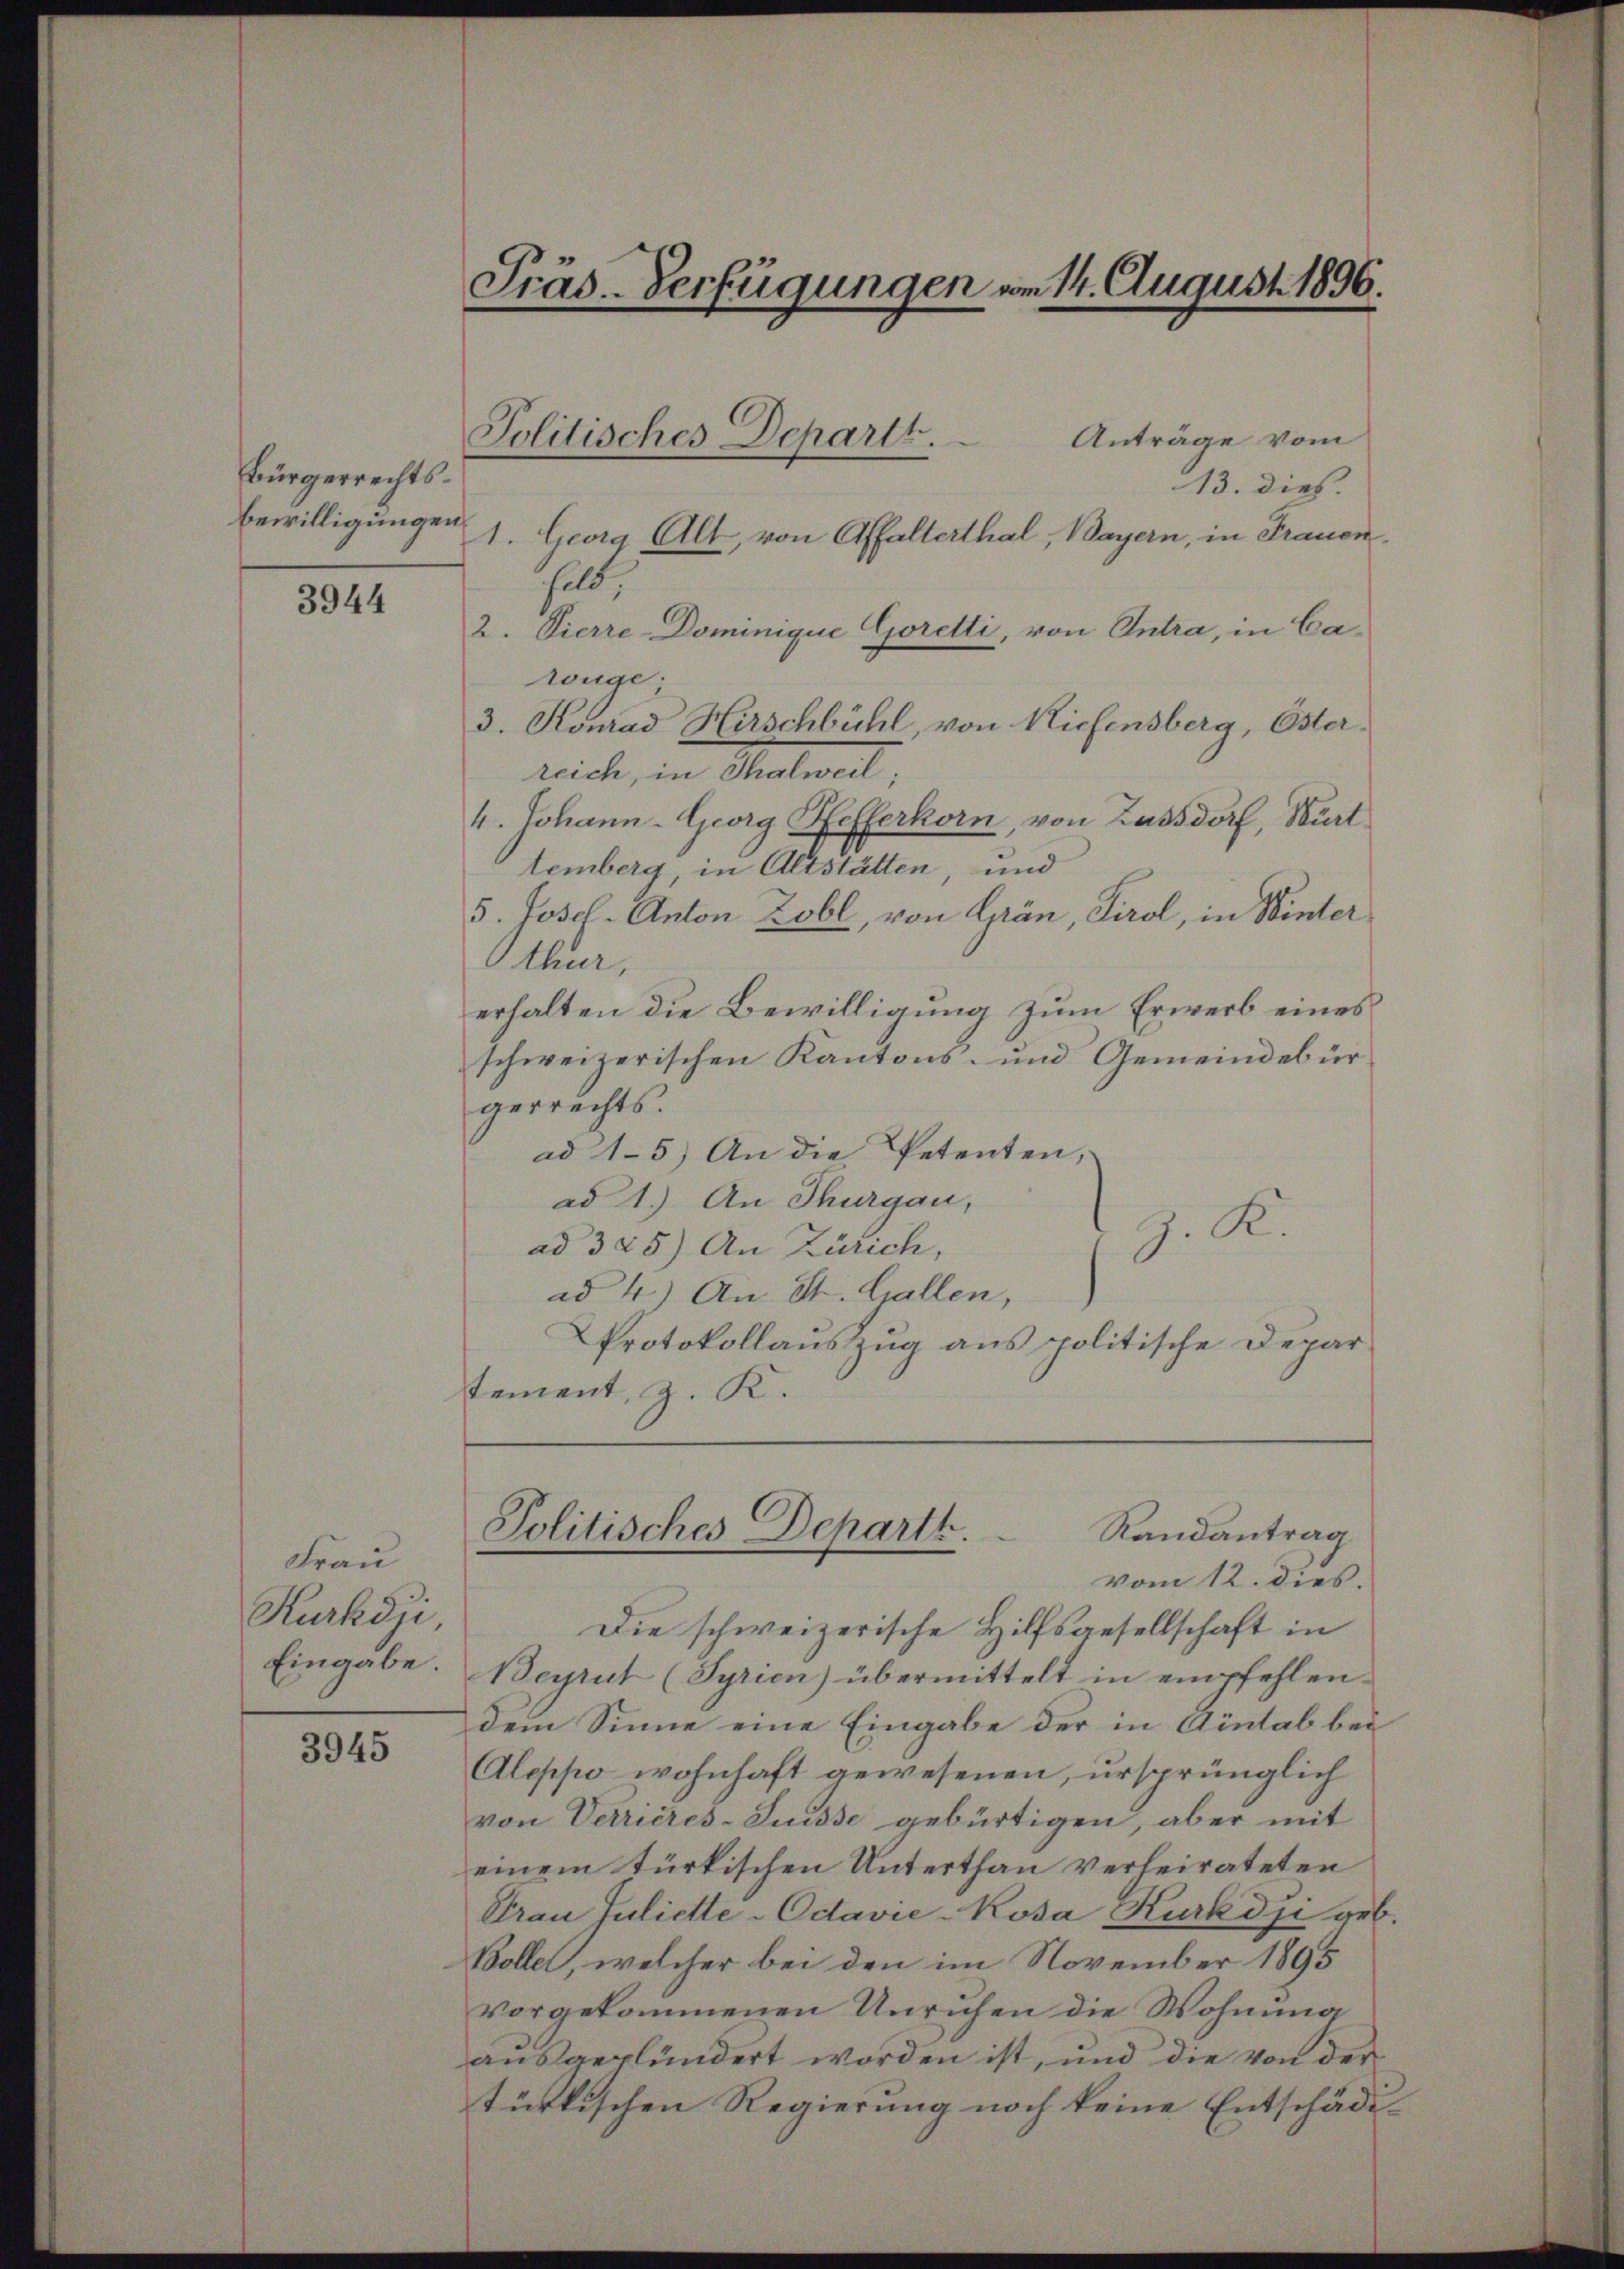
Bürgerrechtsbewilligungen

3944

Frau
Kurköji
Eingabe.

3945

Präs.-Verfügungen vom 14. August 1896.

Anträge vom
13. dies
1. Georg Alt, von Affalterthal, Bayern, in Frauen.
at.
2. Vierre-Dominique Goretti, von Intra, in Carüge.
3. Konrad Hirschbühl, von Kiefensberg, Öster.
reich, in Thalweil;
4. Johann- Georg Hefferkorn, von Zussdorf, Wurt.
temberg, in Altstätten, und
5. Josef- Anton Zobl, von Grän, Tirol, in Winter
thur,
erhalten die Bewilligung zum Erwerb eines
schweizerischen Kantons- und Gemeindebürgerrechts.
ad 15) An die Petenten,
ad 1.) An Thurgau,
G. K.
ad 325) An Zürich,
ad 4) An St. Gallen,
Protokollauszug aus politische Depar
stement, z. K.

Politisches Departt.

Randantrag
Politisches Departh.

vom 12. dies.
Die schweizerische Hilfsgesellschaft in
Beyrut (Syrien) übermittelt in empfehlendem Sinne eine Eingabe der in Aintab bei
Aleppo wohnhaft gewesenen, ursprünglich
von Verrieres-Suisse gebürtigen, aber mit
einem türkischen Unterthan verheirateten
Frau Juliette-Odavić-Kosa Kurkdii geb.
Bolle, welcher bei den im November 1895
vorgekommenen Unruhen die Wohnung
ausaeplündert worden ist, und die von der
tüttischen Regierung noch keine Entschädi¬